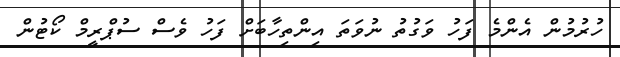
ހުރުމުން އެންމެ ފަހު ވަގުތު ނުވަތަ އިންތިހާބަށް ފަހު ވެސް ސުޕްރީމް ކޯޓުން